Madras plague regulations in force outside the Presidency town - Volume 2
Disease focus: Plague
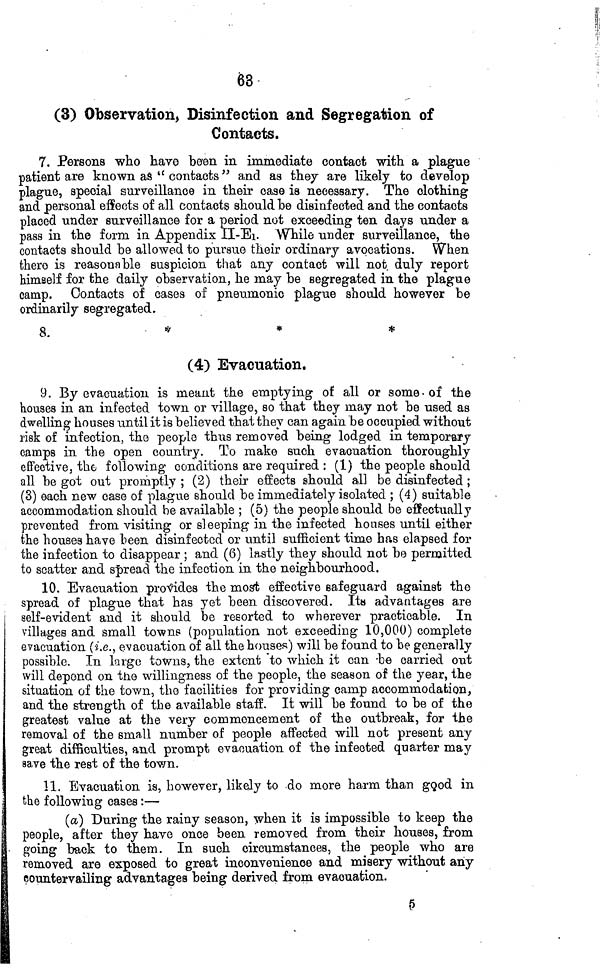
63
(3) Observation, Disinfection and Segregation of
Contacts.
7. Persons who have been in immediate contact with a plague
patient are known as " contacts" and as they are likely to develop
plague, special surveillance in their case is necessary. The clothing
and personal effects of all contacts should be disinfected and the contacts
placed under surveillance for a period not exceeding ten days under a
pass in the form in Appendix II-E1. While under surveillance, the
contacts should be allowed to pursue their ordinary avocations. When
there is reasonable suspicion that any contact will not duly report
himself for the daily observation, he may be segregated in the plague
camp. Contacts of cases of pneumonic plague should however be
ordinarily segregated.
8.
*
*
*
(4) Evacuation.
9. By evacuation is meant the emptying of all or some of the
houses in an infected town or village, so that they may not be used as
dwelling houses until it is believed that they can again be occupied without
risk of infection, the people thus removed being lodged in temporary
camps in the open country. To make such evacuation thoroughly
effective, the following conditions are required : (1) the people should
all be got out promptly ; (2) their effects should all be disinfected ;
(3) each new case of plague should be immediately isolated ; (4) suitable
accommodation should be available ; (5) the people should be effectually
prevented from visiting or sleeping in the infected houses until either
the houses have been disinfected or until sufficient time has elapsed for
the infection to disappear ; and (6) lastly they should not be permitted
to scatter and spread the infection in the neighbourhood.
10. Evacuation provides the most effective safeguard against the
spread of plague that has yet been discovered. Its advantages are
self-evident and it should be resorted to wherever practicable. In
villages and small towns (population not exceeding 10,000) complete
evacuation (i.e., evacuation of all the houses) will be found to he generally
possible. In large towns, the extent to which it can be carried out
will depend on the willingness of the people, the season of the year, the
situation of the town, the facilities for providing camp accommodation,
and the strength of the available staff. It will be found to be of the
greatest value at the very commencement of the outbreak, for the
removal of the small number of people affected will not present any
great difficulties, and prompt evacuation of the infected quarter may
save the rest of the town.
11. Evacuation is, however, likely to do more harm than good in
the following cases :—
(a) During the rainy season, when it is impossible to keep the
people, after they have once been removed from their houses, from
going back to them. In such circumstances, the people who are
removed are exposed to great inconvenience and misery without any
countervailing advantages being derived from evacuation.
5